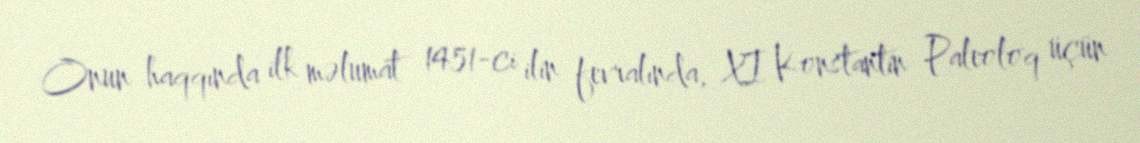
Onun haqqında ilk məlumat 1451-ci ilin fevralında, XI Konstantin Paleoloq üçün